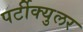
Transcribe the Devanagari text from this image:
पर्टीक्युलर